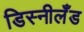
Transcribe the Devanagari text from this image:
डिस्नीलँड